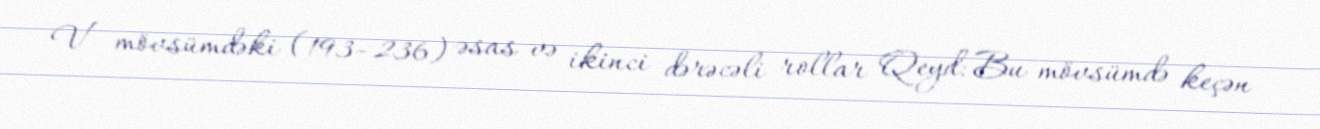
V mövsümdəki (193–236) əsas və ikinci dərəcəli rollar Qeyd: Bu mövsümdə keçən